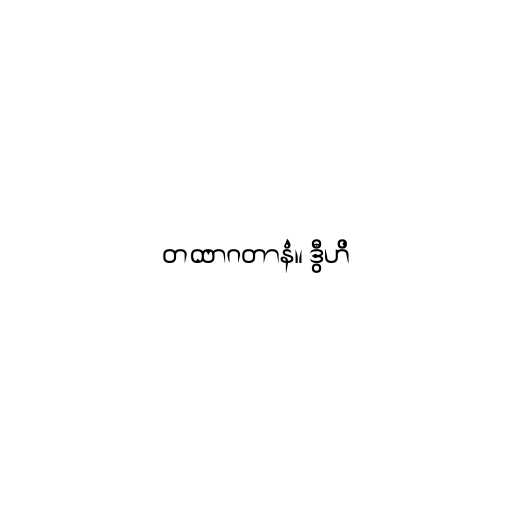
တထာဂတာနံ။ ဒွီဟိ